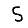
Digit: 5